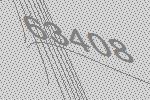
63408